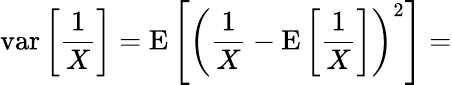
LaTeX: \operatorname{var}\left[{\frac{1}{X}}\right]=\operatorname{E}\left[\left({\frac{1}{X}}-\operatorname{E}\left[{\frac{1}{X}}\right]\right)^{2}\right]=